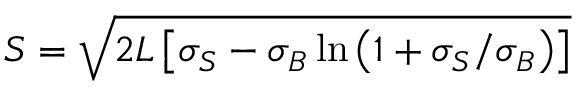
S = \sqrt { 2 L \left[ \sigma _ { S } - \sigma _ { B } \ln \left( 1 + \sigma _ { S } / \sigma _ { B } \right) \right] }